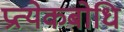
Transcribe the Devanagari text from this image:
प्रत्येकबोधि